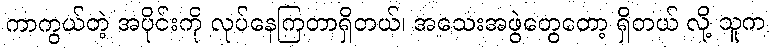
ကာကွယ်တဲ့ အပိုင်းကို လုပ်နေကြတာရှိတယ်၊ အသေးအဖွဲတွေတော့ ရှိတယ် လို့ သူက